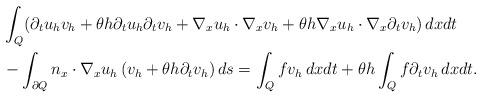
LaTeX: \begin{align*} & \int_{Q} (\partial_{t} u_h v_h + \theta h \partial_{t} u_h \partial_{t} v_h + \nabla_x u_h \cdot \nabla_x v_h + \theta h \nabla_x u_h \cdot \nabla_x \partial_{t} v_h)\,dxdt \\ & - \int_{\partial Q} n_x \cdot \nabla_x u_h \,(v_h + \theta h \partial_{t} v_h)\, ds = \int_{Q} f v_h \, dx dt + \theta h \int_{Q} f \partial_{t} v_h \, dx dt.\end{align*}